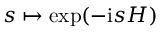
s \mapsto \exp ( - \mathrm i s H )